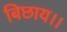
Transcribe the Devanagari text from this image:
बिछाय।।